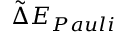
\tilde { \Delta } E _ { P a u l i }